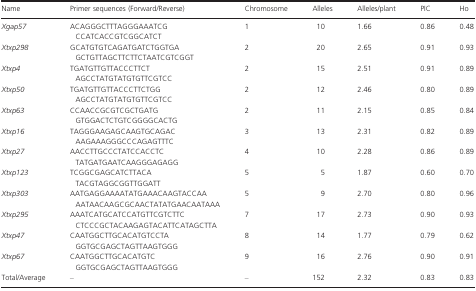
| Name | Primer sequences (Forward/Reverse) | Chromosome | Alleles | Alleles/plant | PIC | Ho |
 | --- | --- | --- | --- | --- | --- | --- |
 | Xgap57 | ACAGGGCTTTAGGGAAATCG CCATCACCGTCGGCATCT | 1 | 10 | 1.66 | 0.86 | 0.48 |
 | Xtxp298 | GCATGTGTCAGATGATCTGGTGA GCTGTTAGCTTCTTCTAATCGTCGGT | 2 | 20 | 2.65 | 0.91 | 0.93 |
 | Xtxp4 | TGATGTTGTTACCCTTCT AGCCTATGTATGTGTTCGTCC | 2 | 15 | 2.51 | 0.91 | 0.89 |
 | Xtxp50 | TGATGTTGTTACCCTTCTGG AGCCTATGTATGTGTTCGTCC | 2 | 12 | 2.46 | 0.80 | 0.89 |
 | Xtxp63 | CCAACCGCGTCGCTGATG GTGGACTCTGTCGGGGCACTG | 2 | 11 | 2.15 | 0.85 | 0.84 |
 | Xtxp16 | TAGGGAAGAGCAAGTGCAGAC AAGAAAGGGCCCAGAGTTTC | 3 | 13 | 2.31 | 0.82 | 0.89 |
 | Xtxp27 | AACCTTGCCCTATCCACCTC TATGATGAATCAAGGGAGAGG | 4 | 10 | 2.28 | 0.86 | 0.89 |
 | Xtxp123 | TCGGCGAGCATCTTACA TACGTAGGCGGTTGGATT | 5 | 5 | 1.87 | 0.60 | 0.70 |
 | Xtxp303 | AATGAGGAAAATATGAAACAAGTACCAA AATAACAAGCGCAACTATATGAACAATAAA | 5 | 9 | 2.70 | 0.80 | 0.96 |
 | Xtxp295 | AAATCATGCATCCATGTTCGTCTTC CTCCCGCTACAAGAGTACATTCATAGCTTA | 7 | 17 | 2.73 | 0.90 | 0.93 |
 | Xtxp47 | CAATGGCTTGCACATGTCCTA GGTGCGAGCTAGTTAAGTGGG | 8 | 14 | 1.77 | 0.79 | 0.62 |
 | Xtxp67 | CAATGGCTTGCACATGTC GGTGCGAGCTAGTTAAGTGGG | 9 | 16 | 2.76 | 0.90 | 0.91 |
 | Total/Average | – | – | 152 | 2.32 | 0.83 | 0.83 |